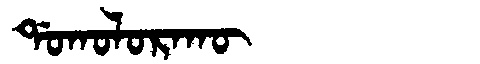
Manchu: ᡩᠣᡴᠣᠯᠣᡵᠠᡴᡡ
Romanization: DOKOLORAKŪ